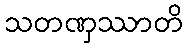
သတဏှဿာတိ